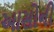
આસોની